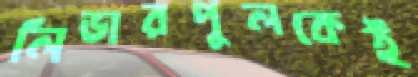
লিভারপুলকেই